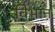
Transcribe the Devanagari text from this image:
विभान